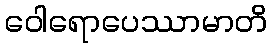
ဝေါရောပေဿာမာတိ